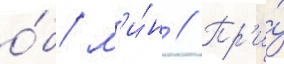
о́б/ м'и́н // Пр'и́